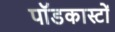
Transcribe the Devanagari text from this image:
पॉडकास्टों